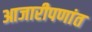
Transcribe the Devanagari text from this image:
आजारीपणांत